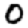
Digit: 0